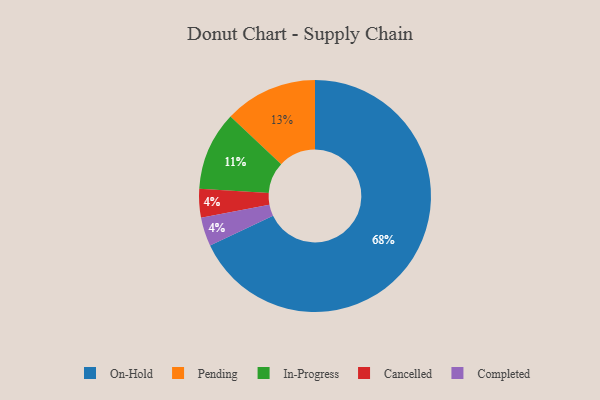
{"axis": {"x": "Category", "y": "Percentage"}, "legend": ["Cancelled", "Completed", "In-Progress", "On-Hold", "Pending"], "data": [{"x": "On-Hold", "y": 68, "type": "On-Hold"}, {"x": "In-Progress", "y": 11, "type": "In-Progress"}, {"x": "Cancelled", "y": 4, "type": "Cancelled"}, {"x": "Pending", "y": 13, "type": "Pending"}, {"x": "Completed", "y": 4, "type": "Completed"}]}